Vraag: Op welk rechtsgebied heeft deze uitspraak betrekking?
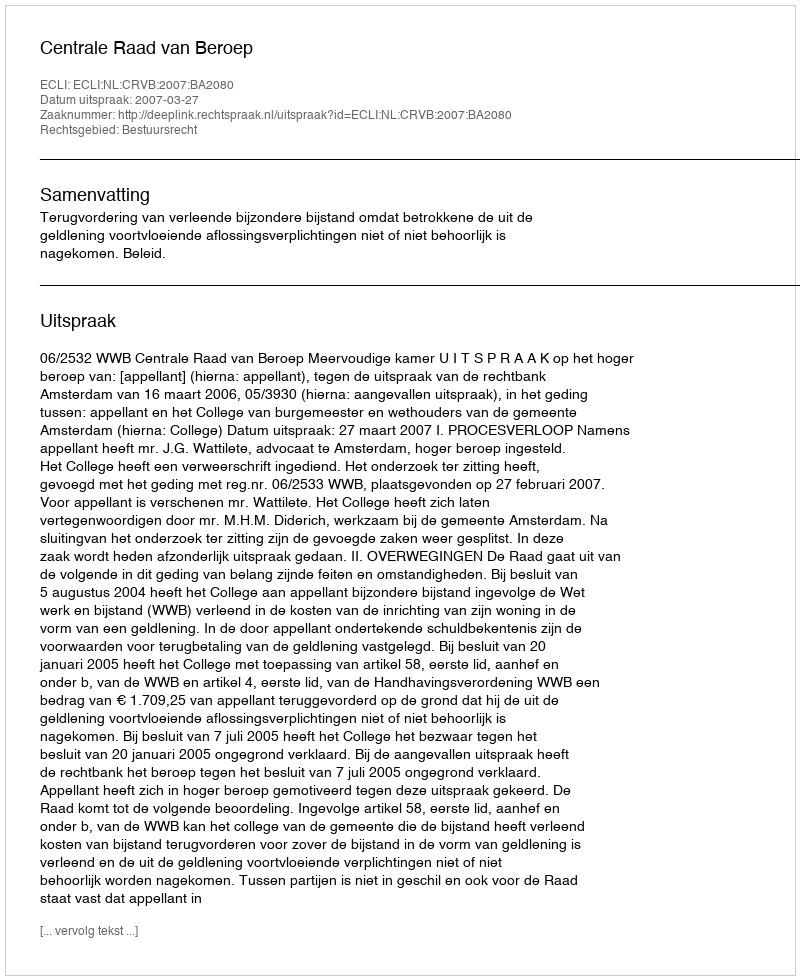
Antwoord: Bestuursrecht